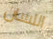
اللسان